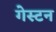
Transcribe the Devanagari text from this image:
गेस्टन